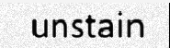
unstain